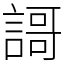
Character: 謌